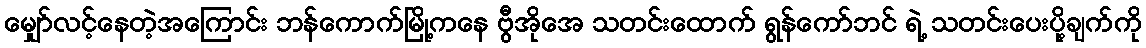
မျှော်လင့်နေတဲ့အကြောင်း ဘန်ကောက်မြို့ကနေ ဗွီအိုအေ သတင်းထောက် ရွန်ကော်ဘင် ရဲ့ သတင်းပေးပို့ချက်ကို